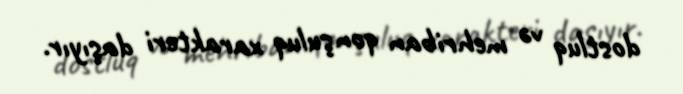
dostluq və mehriban qonşuluq xarakteri daşıyır.